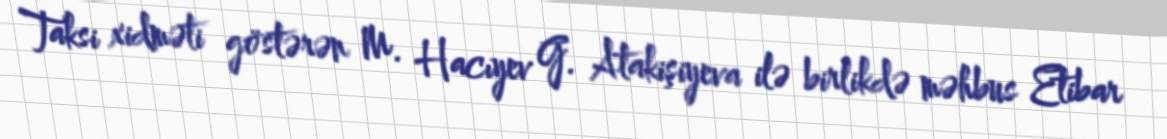
Taksi xidməti göstərən M. Hacıyev G. Atakişiyeva ilə birlikdə məhbus Etibar